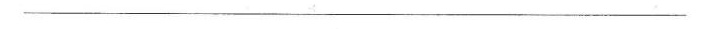
__________________________________________________________